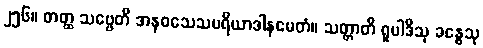
၂၅၆။ တတ္ထ သဗ္ဗေတိ အနဝသေသပရိယာဒါနမေတံ။ သတ္တာတိ ရူပါဒီသု ခန္ဓေသု